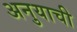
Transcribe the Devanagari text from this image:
अनुयाची